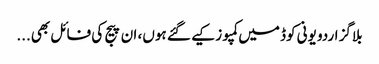
بلاگز اردو یونی کوڈ میں کمپوز کیے گئے ہوں، ان پیج کی فائل بھی...